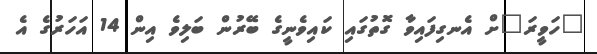
"ހަވީރަ"ށް އެނގިފައިވާ ގޮތުގައި ކައިވެނީގެ ބޭރުން ބަލިވެ އިން 14 އަހަރުގެ އެ